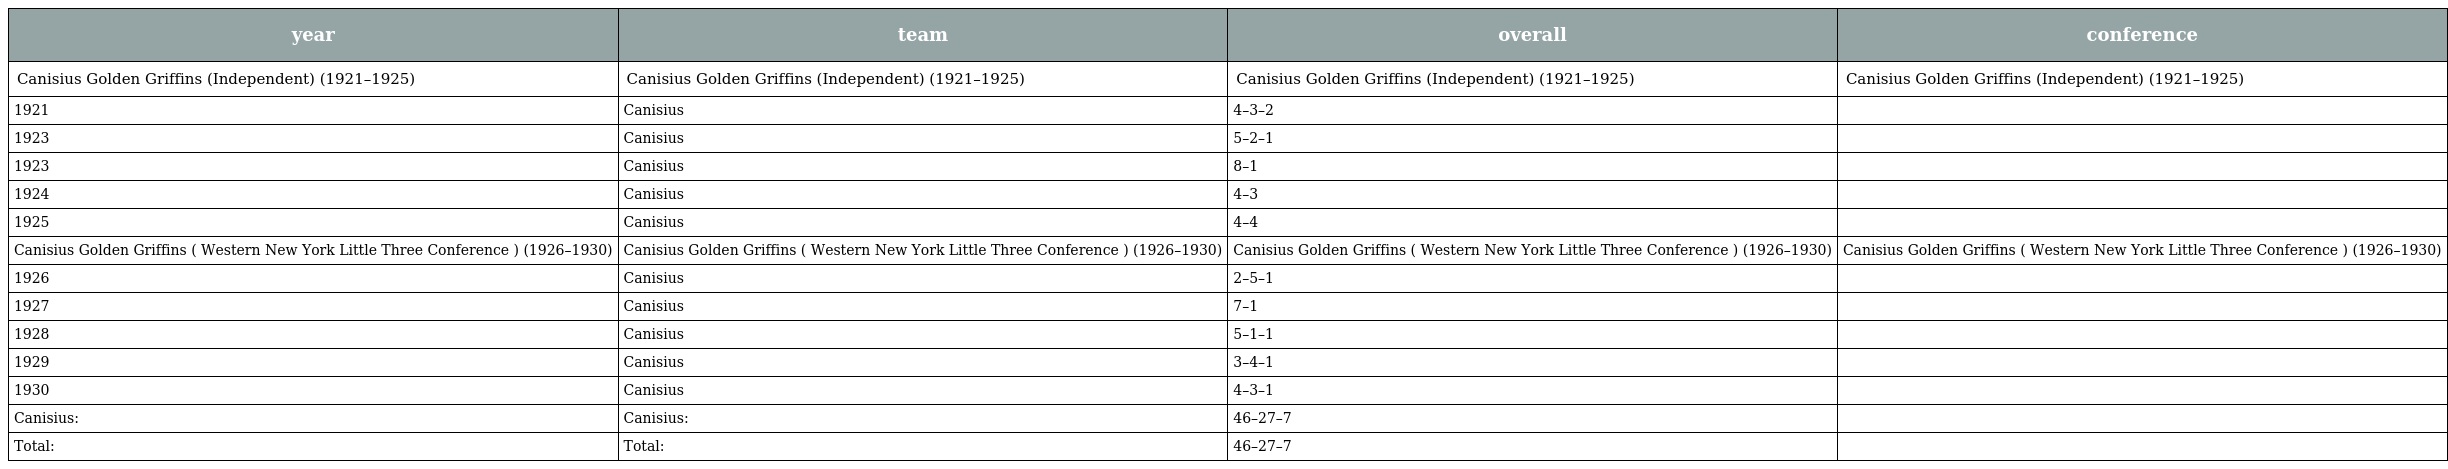
| year | team | overall | conference |
 | --- | --- | --- | --- |
 | Canisius Golden Griffins (Independent) (1921–1925) | Canisius Golden Griffins (Independent) (1921–1925) | Canisius Golden Griffins (Independent) (1921–1925) | Canisius Golden Griffins (Independent) (1921–1925) |
 | 1921 | Canisius | 4–3–2 |  |
 | 1923 | Canisius | 5–2–1 |  |
 | 1923 | Canisius | 8–1 |  |
 | 1924 | Canisius | 4–3 |  |
 | 1925 | Canisius | 4–4 |  |
 | Canisius Golden Griffins ( Western New York Little Three Conference ) (1926–1930) | Canisius Golden Griffins ( Western New York Little Three Conference ) (1926–1930) | Canisius Golden Griffins ( Western New York Little Three Conference ) (1926–1930) | Canisius Golden Griffins ( Western New York Little Three Conference ) (1926–1930) |
 | 1926 | Canisius | 2–5–1 |  |
 | 1927 | Canisius | 7–1 |  |
 | 1928 | Canisius | 5–1–1 |  |
 | 1929 | Canisius | 3–4–1 |  |
 | 1930 | Canisius | 4–3–1 |  |
 | Canisius: | Canisius: | 46–27–7 |  |
 | Total: | Total: | 46–27–7 |  |